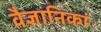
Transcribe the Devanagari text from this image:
वैज्ञानिकांे